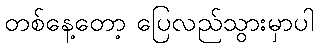
တစ်နေ့တော့ ပြေလည်သွားမှာပါ